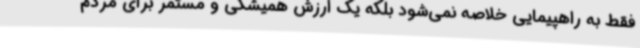
فقط به راهپیمایی خلاصه نمی‌شود بلکه یک ارزش همیشگی و مستمر برای مردم